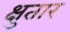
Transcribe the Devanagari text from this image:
क्षुतार